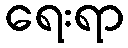
ရေးရာ